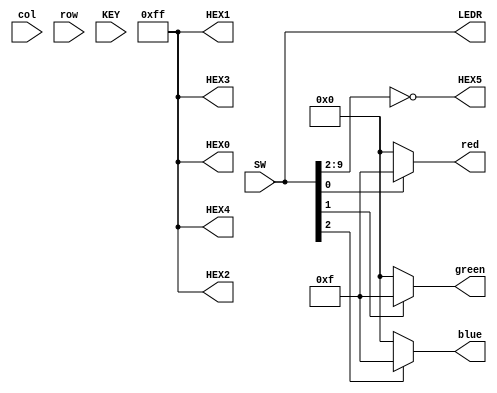
//============================================================================
// comb_ckt_generator.v
//
// This code is generated by Terasic System Builder
// and modified by M. Hildebrand and B. Baas
//
// 2018/02/05 First version
// 2018/04/24 Routed all board-level switches and LEDs to and from this module
//============================================================================

module comb_ckt_generator (
   // VGA-related signals
   col,
   row,
   red,
   green,
   blue,
   // input push buttons and switches
   KEY,
   SW,
   // output LEDs and 7-segment displays
   LEDR,
   HEX0,
   HEX1,
   HEX2,
   HEX3,
   HEX4,
   HEX5
   );

input  [9:0]  col;
input  [8:0]  row;
output [3:0]  red;    // 4-bit color output
output [3:0]  green;  // 4-bit color output
output [3:0]  blue;   // 4-bit color output

// input push buttons and switches
input  [1:0]  KEY;    // two board-level push buttons KEY1 - KEY0
input  [9:0]  SW;     // ten board-level switches SW9 - SW0

// output LEDs and 7-segment displays
output [9:0]  LEDR;   // ten board-level LEDs LEDR9 - LEDR0
output [7:0]  HEX0;   // board-level 7-segment display
output [7:0]  HEX1;   // board-level 7-segment display
output [7:0]  HEX2;   // board-level 7-segment display
output [7:0]  HEX3;   // board-level 7-segment display
output [7:0]  HEX4;   // board-level 7-segment display
output [7:0]  HEX5;   // board-level 7-segment display


//============================================================================
//  reg/wire declarations
//============================================================================
// More complex implementations will likely declare RGB outputs as regs
// rather than wires
wire [3:0]    red, green, blue;    


//============================================================================
// Board-LED related circuits
//============================================================================

// Temporary simple logic
// The 10 LEDs will light depending on the position of the adjacent 10 switches
assign LEDR = SW;      // ten LEDs assigned to ten switches

// Temporary simple logic
// This block sets the 7-segment HEX displays
// HEX4 - HEX0 are set to all dark
// HEX5 lights segments based on SW9 - SW2
assign HEX0 = 8'b1111_1111;
assign HEX1 = 8'b1111_1111;
assign HEX2 = 8'b1111_1111;
assign HEX3 = 8'b1111_1111;
assign HEX4 = 8'b1111_1111;
assign HEX5 = ~{SW[9], SW[8], SW[7], SW[6], SW[5], SW[4], SW[3], SW[2]};


//==============================================================
// VGA display related circuits
//==============================================================

// Temporary simple logic
// Full intensity is SW[0] is '1'. Blank otherwise
assign red     = SW[0] ? 4'hf : 4'h0; 
assign green   = SW[1] ? 4'hf : 4'h0;
assign blue    = SW[2] ? 4'hf : 4'h0;


endmodule